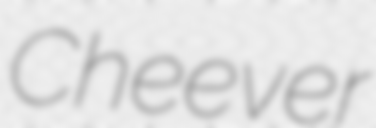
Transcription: Cheever